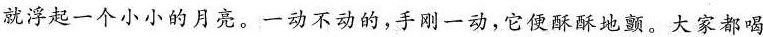
就浮起一个小小的月亮。一动不动的，手刚一动，它使酥酥地颤。大家都喝